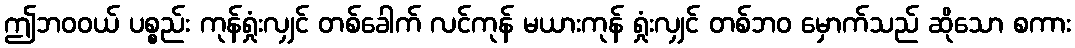
ဤဘဝဝယ် ပစ္စည်း ကုန်ရှုံးလျှင် တစ်ခေါက် လင်ကုန် မယားကုန် ရှုံးလျှင် တစ်ဘဝ မှောက်သည် ဆိုသော စကား